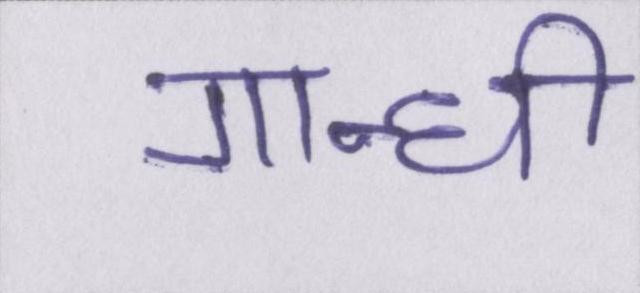
गान्धी